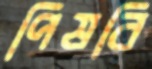
পিষবি